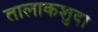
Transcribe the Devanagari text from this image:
तालाकशुदा